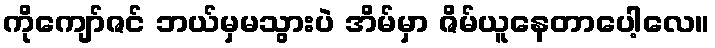
ကိုကျော်ဇင် ဘယ်မှမသွားပဲ အိမ်မှာ ဇိမ်ယူနေတာပေါ့လေ။